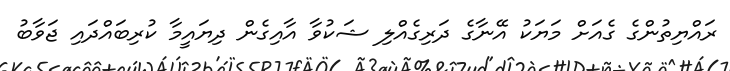
ރައްޔިތުންގެ ގެއަށް މަޔަކު އޭނާގެ ދަރިގެއްލި ޝަކުވާ އާއިގެން ދިޔައީމާ ކުރިބައްދައި ޖަވާބު